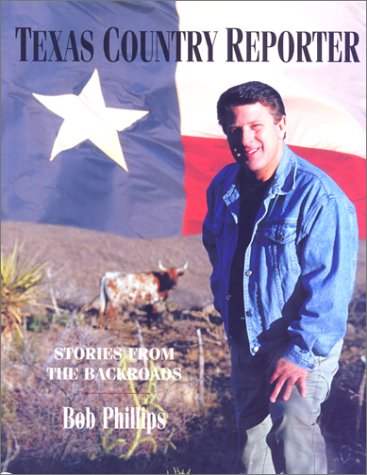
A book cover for Texas Country Reporter: A Backroads Companion (Broadcast Tie-Ins); Bob Phillips; Humor & Entertainment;